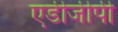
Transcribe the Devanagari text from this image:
एडीजीपी